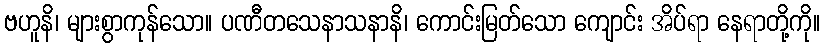
ဗဟူနိ၊ များစွာကုန်သော။ ပဏီတသေနာသနာနိ၊ ကောင်းမြတ်သော ကျောင်း အိပ်ရာ နေရာတို့ကို။